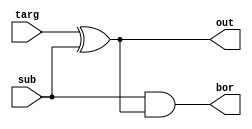
module subtractor_borrow(input targ,input sub,output out,output bor);
xor(out,targ,sub);
and (bor,sub,out);
endmodule